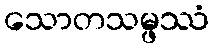
သောတသမ္ဖဿံ